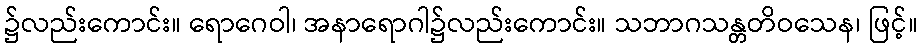
၌လည်းကောင်း။ ရောဂေဝါ၊ အနာရောဂါ၌လည်းကောင်း။ သဘာဂသန္တတိဝသေန၊ ဖြင့်။